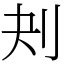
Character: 刔